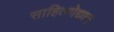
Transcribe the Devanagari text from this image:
साहित्योद्यान